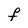
Character: F